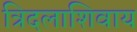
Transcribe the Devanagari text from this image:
त्रिदलाशिवाय